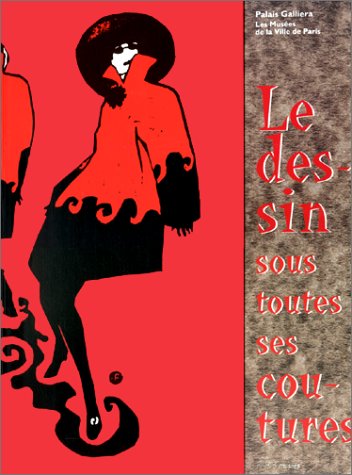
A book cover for Les Dessins Sous Toutes Ses Coutures: Croquis, Illustrations, Modeles 1760-1994 (French Edition); FranÃ§oise TÃ©tart-Vittu; Arts & Photography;